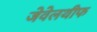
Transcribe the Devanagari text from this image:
जेवेलथीफ